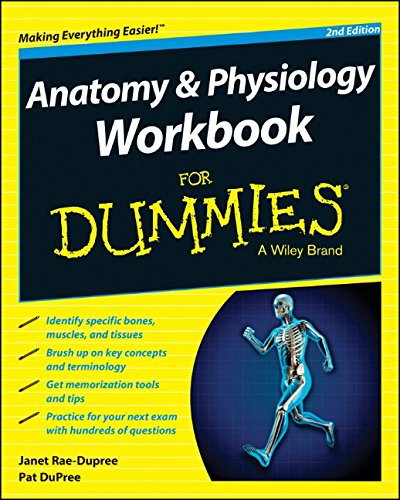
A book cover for Anatomy and Physiology Workbook For Dummies; Janet Rae-Dupree; Medical Books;